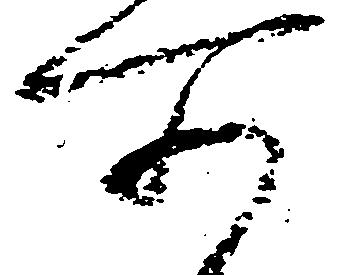
所